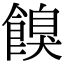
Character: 𩝠